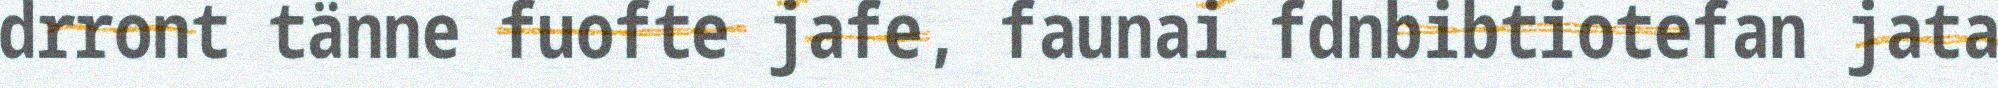
drront tänne fuofte jafe, faunai fdnbibtiotefan jata